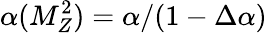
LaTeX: \alpha(M_{Z}^{2})=\alpha/(1-\Delta\alpha)